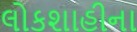
લોકશાહીના